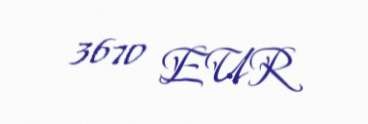
3670 EUR